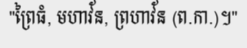
"ព្រៃធំ, មហាវ័ន, ព្រហាវ័ន (ព.កា.)។"